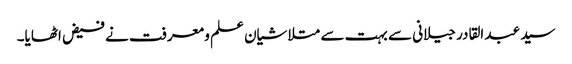
سید عبد القادر جیلانی سے بہت سے متلاشیان علم و معرفت نے فیض اٹھایا۔